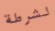
لشرطة